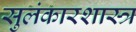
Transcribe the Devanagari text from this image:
सुलंकारशास्त्र